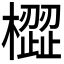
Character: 𣚟